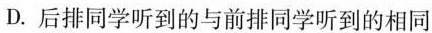
D.后排同学听到的与前排同学听到的相同